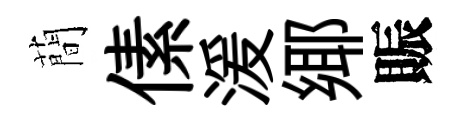
蕳傃湲鄊賑